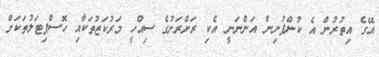
އޭގެ އިތުރުން އެ ކުންފުނިން އަންނަނީ އެކި ރަށްރަށުގެ ސިއްހީ މަރުކަޒުތަކާއި ހޮސްޕިޓަލުތަކަށް